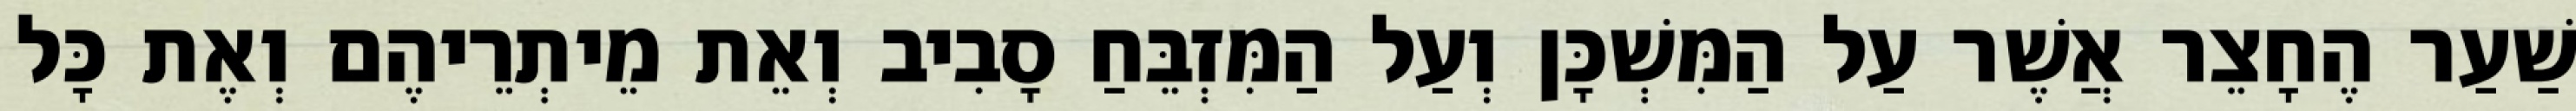
שַׁעַר הֶחָצֵר אֲשֶׁר עַל הַמִּשְׁכָּן וְעַל הַמִּזְבֵּחַ סָבִיב וְאֵת מֵיתְרֵיהֶם וְאֶת כָּל